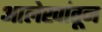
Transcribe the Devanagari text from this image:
आलेखांतून